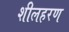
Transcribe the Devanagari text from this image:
शीलहरण